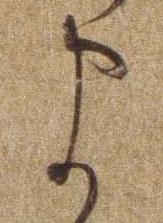
ま